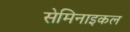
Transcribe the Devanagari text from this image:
सेमिनाइकल